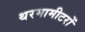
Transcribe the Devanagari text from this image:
थरमामीटरों